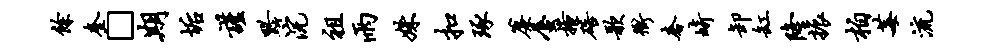
余奎□期垢谨黔浣祖雨姝扣琢帘蜃掩碚歌冲奢崎卸缸隆振柏莓流